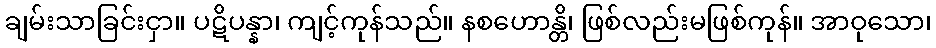
ချမ်းသာခြင်းငှာ။ ပဋိပန္နာ၊ ကျင့်ကုန်သည်။ နစဟောန္တိ၊ ဖြစ်လည်းမဖြစ်ကုန်။ အာဝုသော၊